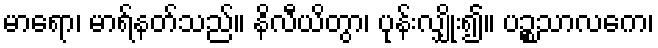
မာရော၊ မာရ်နတ်သည်။ နိလီယိတွာ၊ ပုန်းလျှိုး၍။ ပဉ္စသာလကေ၊